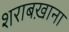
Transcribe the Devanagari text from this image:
शराबख़ाना